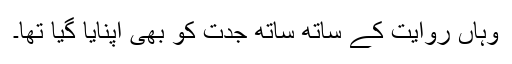
وہاں روایت کے ساتھ ساتھ جدت کو بھی اپنایا گیا تھا۔